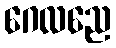
ဂေလညေ